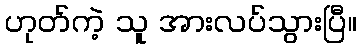
ဟုတ်ကဲ့ သူ အားလပ်သွားပြီ။